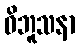
ဝိဘူသနာ